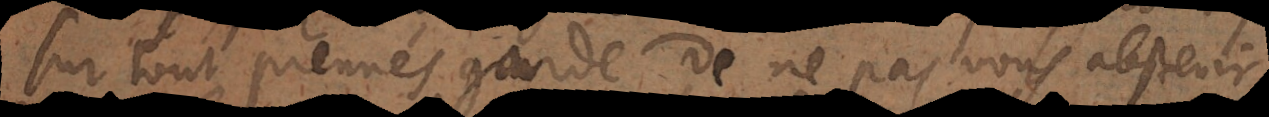
Surtout prenés garde de ne pas vous abstenir